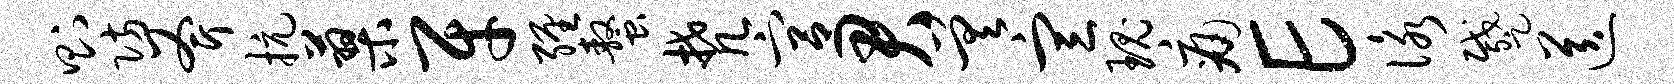
则防斧抗蓼牙缠螯梵宫君差宣瑰痛E咏蹙送